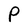
Character: P